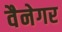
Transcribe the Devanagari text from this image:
वैनेगर